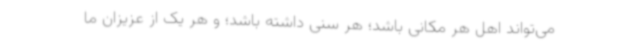
می‌تواند اهل هر مکانی باشد؛ هر سنی داشته باشد؛ و هر یک از عزیزان ما